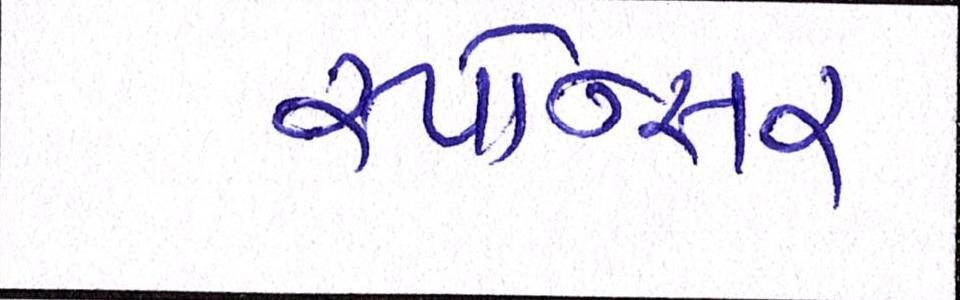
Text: સ્પોન્સર